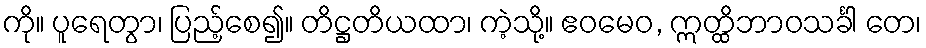
ကို။ ပူရေတွာ၊ ပြည့်စေ၍။ တိဋ္ဌတိယထာ၊ ကဲ့သို့။ ဧဝမေဝ, ဣတ္ထိဘာဝသင်္ခါ တေ၊